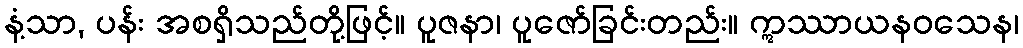
နံ့သာ, ပန်း အစရှိသည်တို့ဖြင့်။ ပူဇနာ၊ ပူဇော်ခြင်းတည်း။ ဣဿာယနဝသေန၊